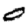
Digit: 0